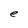
Character: e